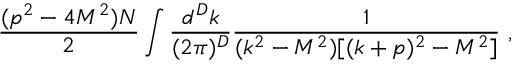
\frac { ( p ^ { 2 } - 4 M ^ { 2 } ) N } 2 \int \frac { d ^ { D } k } { ( 2 \pi ) ^ { D } } \frac { 1 } { ( k ^ { 2 } - M ^ { 2 } ) [ ( k + p ) ^ { 2 } - M ^ { 2 } ] } \, \, ,